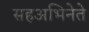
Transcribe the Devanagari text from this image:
सहअभिनेते